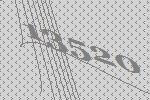
13520